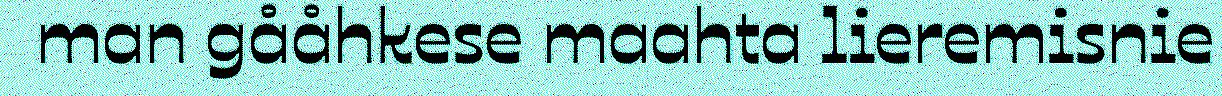
man gååhkese maahta lieremisnie